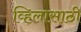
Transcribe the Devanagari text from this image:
व्हिलासाठी